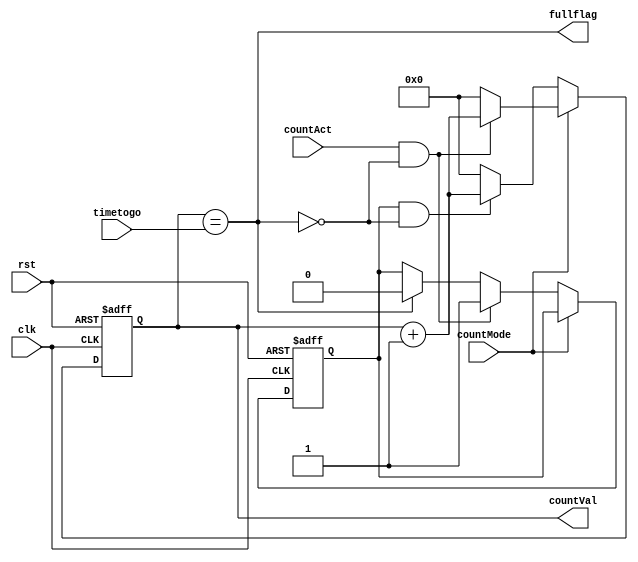
module beep(
	clk,
	rst,
	
	timetogo,
	countMode,
	countAct,
	
	countVal,
	fullflag
);
	input clk;
	input rst;
	
	input [31:0] timetogo;//
	
	input  countAct;
	input  countMode;
	
	output [31:0] countVal;
	output fullflag;
	
	reg [31:0] counter;
	reg oneshot;
	
	assign fullflag = (counter == timetogo);
	assign countVal = counter;
	
	always@(posedge clk or negedge rst)  
		
		if(!rst) begin //
			counter <= 0;
		end
		else 
			if(countMode == 1 ) begin//
				if(countAct == 1 && !fullflag)
					counter <= counter + 1'b1;
				else 
					counter <= 1'b0;
			end
			else if(countMode == 0) begin // 
				if(oneshot == 1 && !fullflag)
					counter <= counter + 1'b1;
				else 
					counter <= 1'b0;	
			end

			
	
	always@(posedge clk or negedge rst) 
		if(!rst)
			oneshot <= 0;
		else if(countMode == 0) begin
			if(countAct == 1 && !fullflag)
				oneshot <= 1;
			else if(fullflag)
				oneshot <= 0;
		end
		else
			oneshot <= oneshot;
	

endmodule